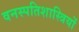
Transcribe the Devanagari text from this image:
वनस्‍पतिशास्‍त्रियों